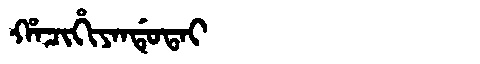
Manchu: ᡥᠠᠴᡳᡥᡳᠶᠠᠨᡩᡠᡨᠠᡳ
Romanization: HACIHIYANDUTAI